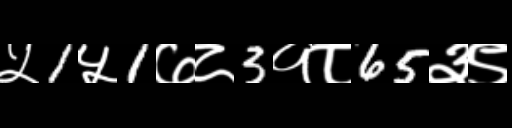
Text: ५1५1७८3१८65३९